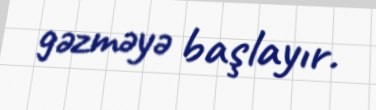
gəzməyə başlayır.